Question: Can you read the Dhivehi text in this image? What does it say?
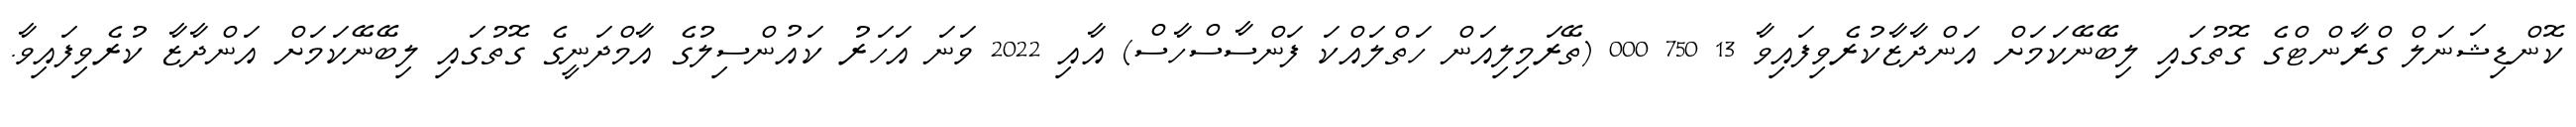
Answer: ކޮންޑިޝަނަލް ގްރާންޓްގެ ގޮތުގައި ލިބޭނޭކަމަށް އަންދާޒާކުރެވިފައިވާ 13 750 000 (ތޭރަމިލިއަން ހަތްލައްކަ ފަންސާސްހާސް) އާއި 2022 ވަނަ އަހަރު ކައުންސިލުގެ އާމްދަނީގެ ގޮތުގައި ލިބޭނޭކަމަށް އަންދާޒާ ކުރެވިފައިވާ.